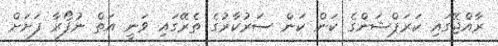
ރާއްޖޭގައި ކަރަޕްޝަންގެ ކަން ކަން ސަރުކާރުގެ ތެރޭގައި ވަނީ އަތް ނުފޯރާ ފަށަށް